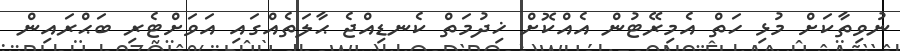
ނުވިތާކަށް މުޅި ހަތް އެމިރޭޓުން އެއްކޮށް ޚިދުމަތް ކެނޑިއްޖެ ޙާލަތެއްގައި އަވަށްޓެރި ބަޙްރައިން